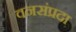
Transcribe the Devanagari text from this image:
वनसंप्रदा